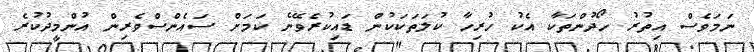
ނަމަވެސް އިތުރު ހޯދުންތަކާ އެކު ހުރިހާ ކުލަތަކަކުން ޑައިކުރެވޭނެ ކަމަށް ސައެންސްވެރިން އުންމީދުކުރެ